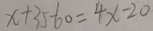
x + 3 5 - 6 0 = 4 x - 2 0